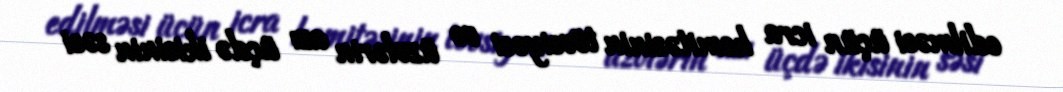
edilməsi üçün icra komitəsinin tövsiyəsi və üzvlərin azı üçdə ikisinin səsi